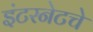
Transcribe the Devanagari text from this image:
इंटरनेटचे